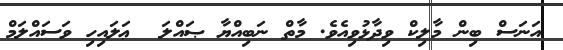
އަނަސް ބިން މާލިކް ވިދާޅުވިއެވެ. މާތް ނަބިއްޔާ ޞައްލަ  ޢަލައިހި ވަސައްލަމް